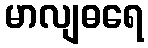
မာလျဓရေ